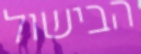
הבישול